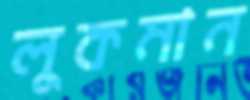
লুকমান